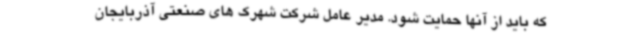
که باید از آنها حمایت شود. مدیر عامل شرکت شهرک های صنعتی آذربایجان